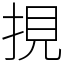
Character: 挸